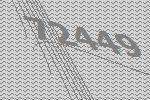
72449